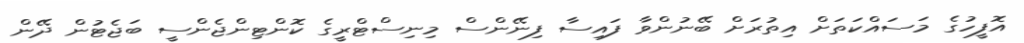
އޮފީހުގެ މަސައްކަތަށް އިތުރަށް ބޭނުންވާ ފައިސާ ފިނޭންސް މިނިސްޓްރީގެ ކޮންޓިންޖެންސީ ބަޖެޓުން ދޭން